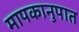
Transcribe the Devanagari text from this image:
मापकानुपात